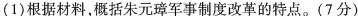
(1)根据材料，概括朱元璋军事制度改革的特点。(7分)